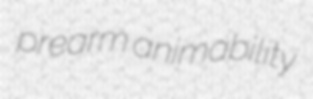
prearm animability